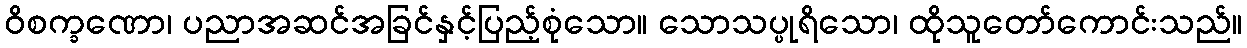
ဝိစက္ခဏော၊ ပညာအဆင်အခြင်နှင့်ပြည့်စုံသော။ သောသပ္ပုရိသော၊ ထိုသူတော်ကောင်းသည်။